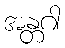
အန္တဂါ